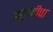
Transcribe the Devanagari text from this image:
बहुपदीचा